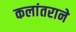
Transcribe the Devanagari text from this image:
कलांतराने